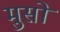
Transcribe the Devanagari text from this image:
मुसों